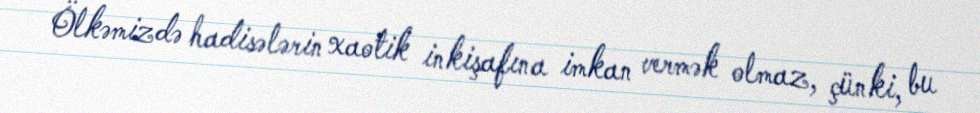
Ölkəmizdə hadisələrin xaotik inkişafına imkan vermək olmaz, çünki, bu